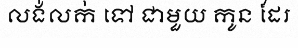
លង់លក់ ទៅ ជាមួយ កូន ដែរ